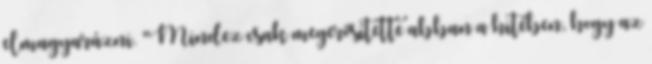
elmagyarázni. "Mindez csak megerősítette abban a hitében, hogy az